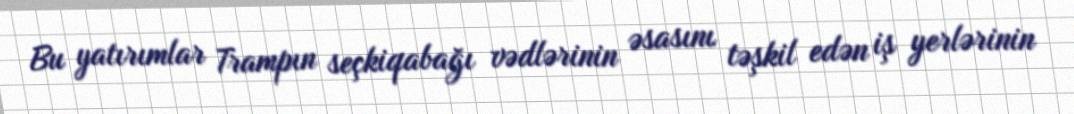
Bu yatırımlar Trampın seçkiqabağı vədlərinin əsasını təşkil edən iş yerlərinin